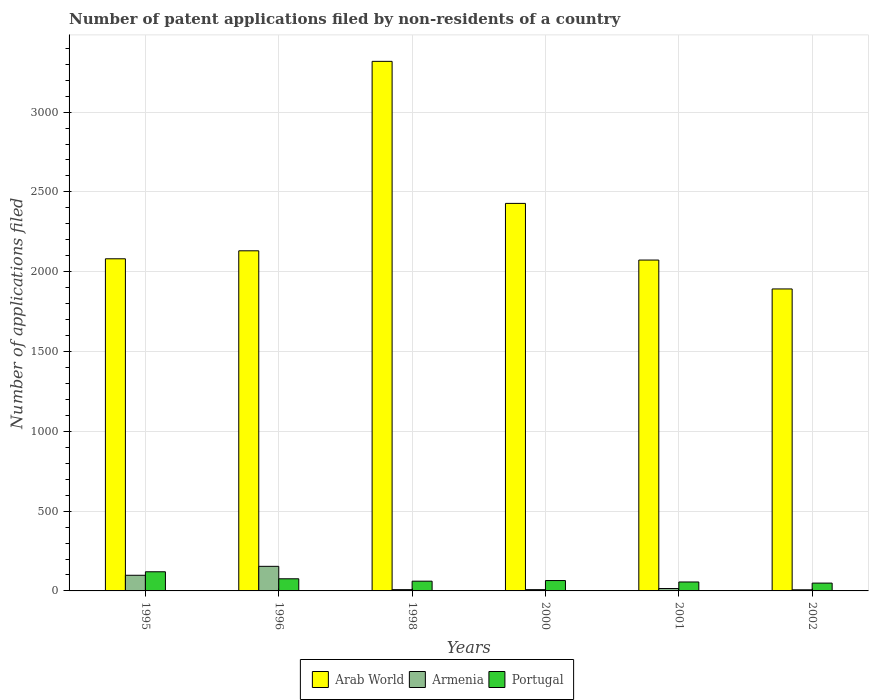
| Years | Arab World | Armenia | Portugal |
 | --- | --- | --- | --- |
 | 1995 | 2.08e+03 | 98 | 120 |
 | 1996 | 2.13e+03 | 154 | 76 |
 | 1998 | 3.32e+03 | 8 | 61 |
 | 2000 | 2.43e+03 | 8 | 65 |
 | 2001 | 2.07e+03 | 15 | 56 |
 | 2002 | 1.89e+03 | 7 | 49 |